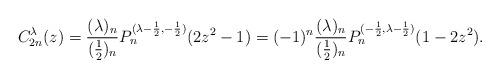
LaTeX: \begin{align*} C_{2n}^\lambda(z) = \frac{(\lambda)_n}{(\frac{1}{2})_n}P_n^{(\lambda-\frac{1}{2},-\frac{1}{2})}(2z^2-1) = (-1)^n\frac{(\lambda)_n}{(\frac{1}{2})_n}P_n^{(-\frac{1}{2},\lambda-\frac{1}{2})}(1-2z^2).\end{align*}